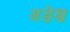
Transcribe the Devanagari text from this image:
अङेश्च